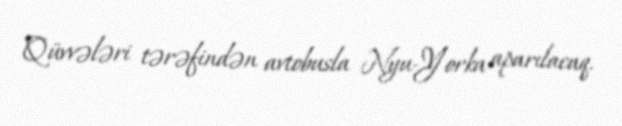
Qüvvələri tərəfindən avtobusla Nyu-Yorka aparılacaq.